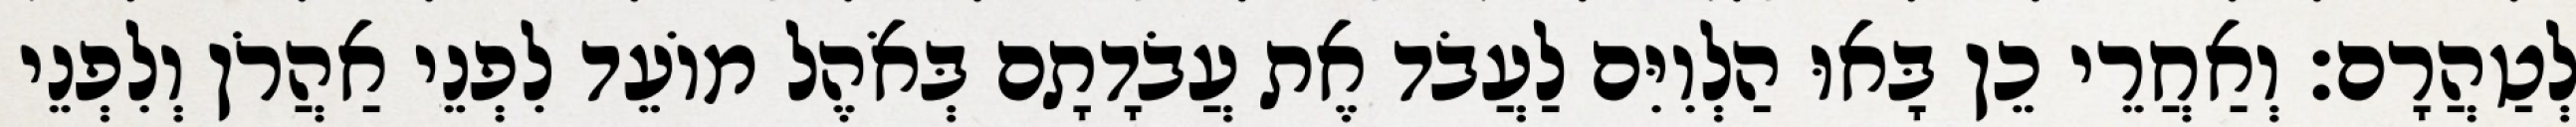
לְטַהֲרָם׃ וְאַחֲרֵי כֵן בָּאוּ הַלְוִיִּם לַעֲבֹד אֶת עֲבֹדָתָם בְּאֹהֶל מוֹעֵד לִפְנֵי אַהֲרֹן וְלִפְנֵי